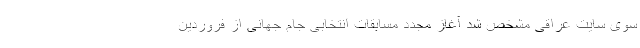
سوی سایت عراقی مشخص شد آغاز مجدد مسابقات انتخابی جام جهانی از فروردین